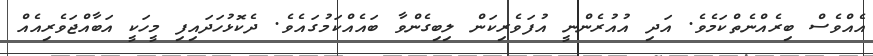
އެއްވެސް ބިރެއްނެތްކަމެވެ. އަދި އުއުރެންނީ އުފަވެރިކަން ލިބިގެންވާ ބައެއްކަމުގައެވެ. ދެކޮޅުހަދައިފި މީހަކީ އަބާއްޖަވެރިއެއް